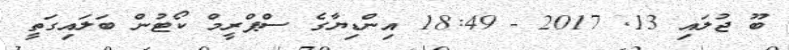
ބޫ ޖުލައި 13